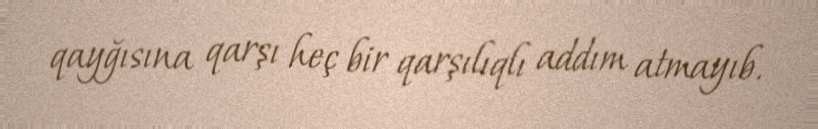
qayğısına qarşı heç bir qarşılıqlı addım atmayıb.